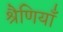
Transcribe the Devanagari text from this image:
श्रैणियाँ